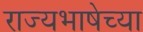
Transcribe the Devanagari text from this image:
राज्यभाषेच्या